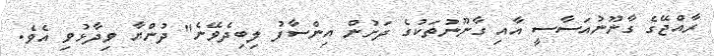
ރާއްޖޭގެ ގާނޫނުއަސާސީ އާއި ގާނޫނުތަކުގެ ދަށުން އިންސާފު ލިބިދެވޭނެ" ދުންޔާ ވިދާޅުވި އެވެ.